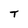
Character: T